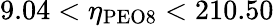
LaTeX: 9.04<\eta_{\mathrm{PEO8}}<210.50